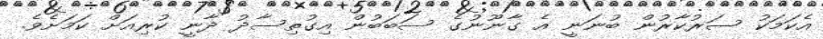
އެކަމަކު ސަރުކާރުން ބުނަނީ އެ ގާނޫނުގެ ސަބަބުން އިގުތިސާދު ދާނީ ކުރިއަށް ކަމަށެވެ.